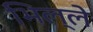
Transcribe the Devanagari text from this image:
भिल्ले